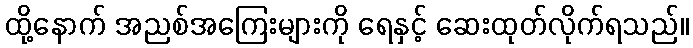
ထို့နောက် အညစ်အကြေးများကို ရေနှင့် ဆေးထုတ်လိုက်ရသည်။